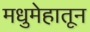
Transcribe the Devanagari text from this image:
मधुमेहातून